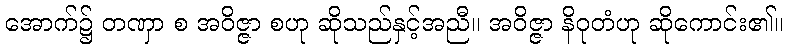
အောက်၌ တဏှာ စ အဝိဇ္ဇာ စဟု ဆိုသည်နှင့်အညီ။ အဝိဇ္ဇာ နိဝုတံဟု ဆိုကောင်း၏။